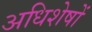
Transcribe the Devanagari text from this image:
अधिशेषों